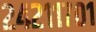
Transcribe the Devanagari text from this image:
२४२११७०१